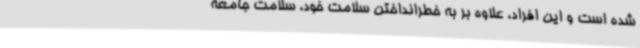
شده است و این افراد، علاوه بر به خطرانداختن سلامت خود، سلامت جامعه